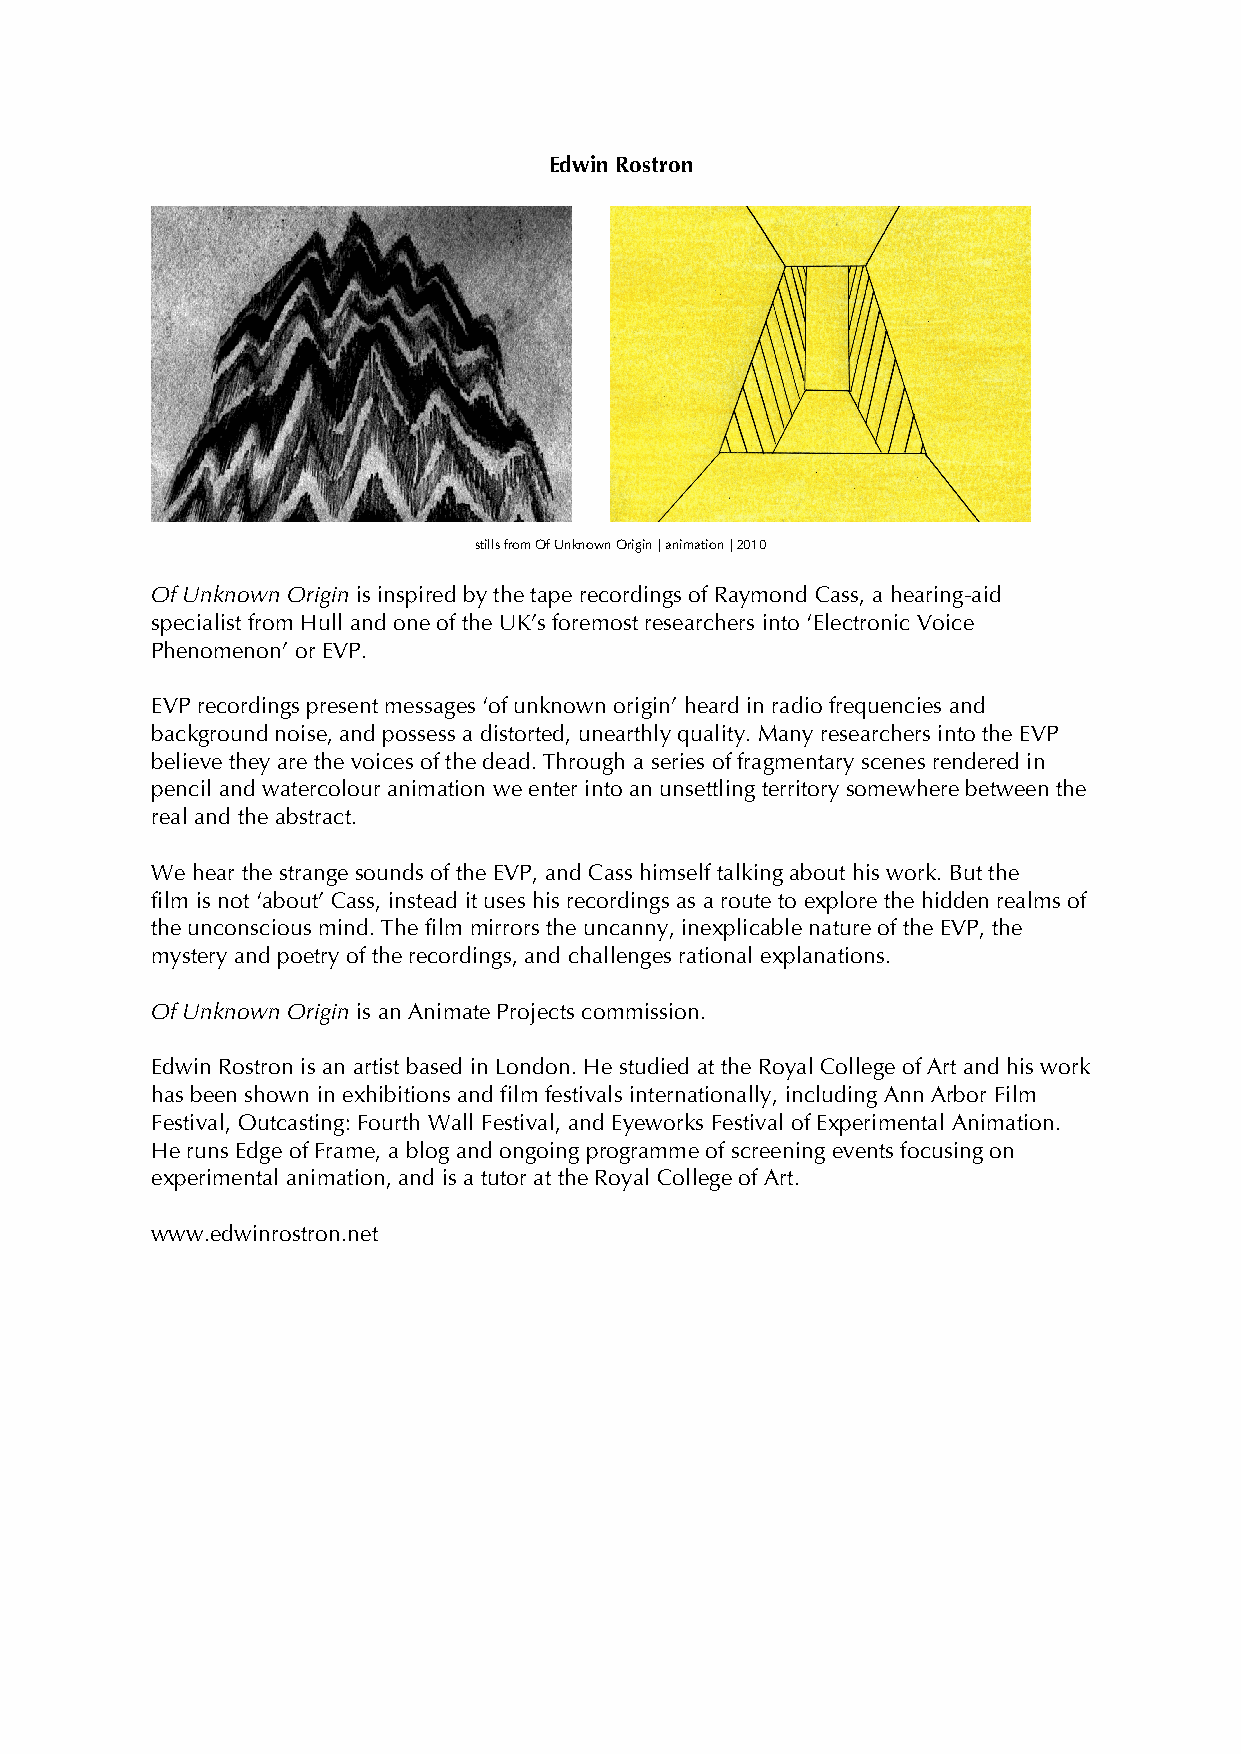
Edwin Rostron
 stills from Of Unknown Origin | animation | 2010
 Of Unknown Origin is inspired by the tape recordings of Raymond Cass, a hearing-aid
 specialist from Hull and one of the UK’s foremost researchers into ‘Electronic Voice
 Phenomenon’ or EVP.
 EVP recordings present messages ‘of unknown origin’ heard in radio frequencies and
 background noise, and possess a distorted, unearthly quality. Many researchers into the EVP
 believe they are the voices of the dead. Through a series of fragmentary scenes rendered in
 pencil and watercolour animation we enter into an unsettling territory somewhere between the
 real and the abstract.
 We hear the strange sounds of the EVP, and Cass himself talking about his work. But the
 film is not ‘about’ Cass, instead it uses his recordings as a route to explore the hidden realms of
 the unconscious mind. The film mirrors the uncanny, inexplicable nature of the EVP, the
 mystery and poetry of the recordings, and challenges rational explanations.
 Of Unknown Origin is an Animate Projects commission.
 Edwin Rostron is an artist based in London. He studied at the Royal College of Art and his work
 has been shown in exhibitions and film festivals internationally, including Ann Arbor Film
 Festival, Outcasting: Fourth Wall Festival, and Eyeworks Festival of Experimental Animation.
 He runs Edge of Frame, a blog and ongoing programme of screening events focusing on
 experimental animation, and is a tutor at the Royal College of Art.
 www.edwinrostron.net